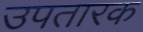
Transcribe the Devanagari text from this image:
उपतारक